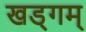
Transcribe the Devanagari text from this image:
खड्गम्